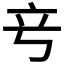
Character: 𬔖